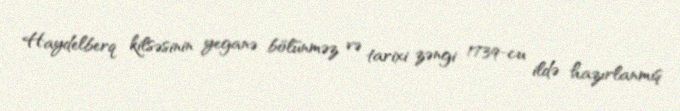
Haydelberq kilsəsinin yeganə bölünməz və tarixi zəngi 1739-cu ildə hazırlanmış